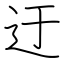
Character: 迂